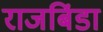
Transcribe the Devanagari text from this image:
राजबिंडा